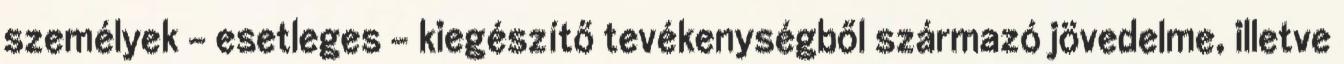
személyek – esetleges – kiegészítő tevékenységből származó jövedelme, illetve